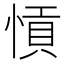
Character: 愩